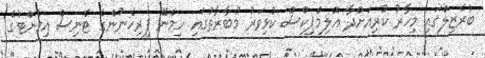
ބްރެޒިލްގައި މިހާރު ކުރިއަށްދާ އޮލިމްޕިކްސް ކުޅިވަރު މުބާރާތުގައި ހިމެނޭ ފިރިހެނުންގެ ޓެނިސް އިވެންޓުގެ